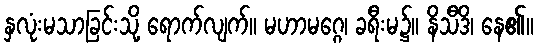
နှလုံးမသာခြင်းသို့ ရောက်လျက်။ မဟာမဂ္ဂေ၊ ခရီးမ၌။ နိသီဒိ၊ နေ၏။